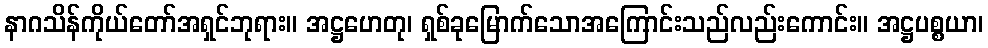
နာဂသိန်ကိုယ်တော်အရှင်ဘုရား။ အဋ္ဌဟေတု၊ ရှစ်ခုမြောက်သောအကြောင်းသည်လည်းကောင်း။ အဋ္ဌပစ္စယာ၊